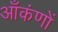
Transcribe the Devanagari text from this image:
आँकंणों